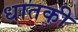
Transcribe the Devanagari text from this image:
धातकी